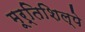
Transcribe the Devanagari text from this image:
मूर्तिशिल्पे